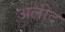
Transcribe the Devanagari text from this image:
अलीद